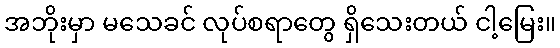
အဘိုးမှာ မသေခင် လုပ်စရာတွေ ရှိသေးတယ် ငါ့မြေး။